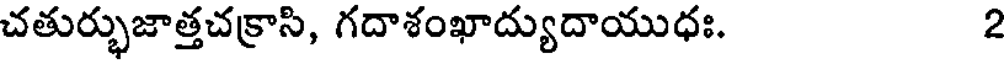
చతుర్భుజాత్తచక్రాసి, గదాశంఖాద్యుదాయుధః. 2